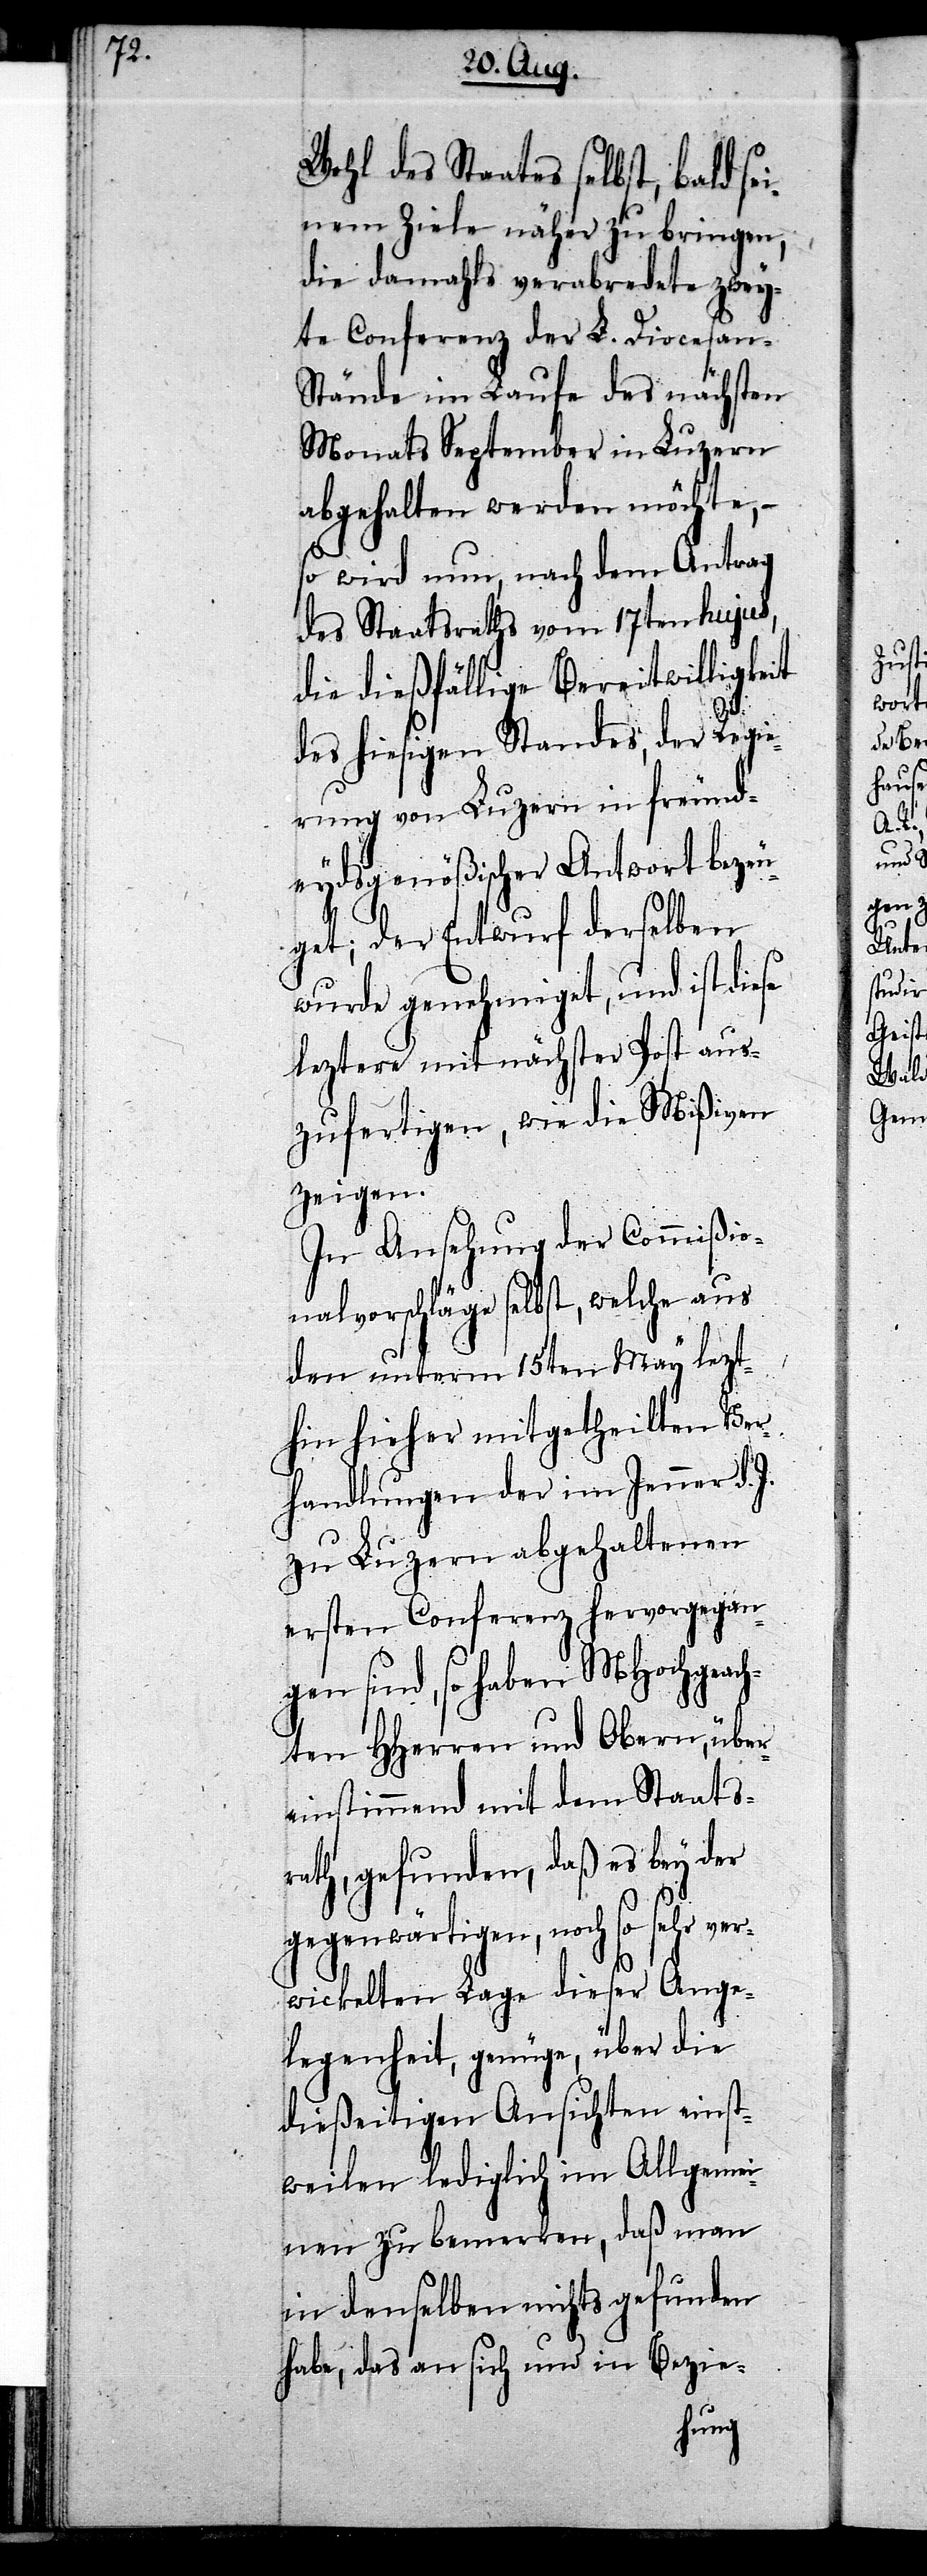
Wohl des Staates selbst, bald sei¬
nem Ziele näher zu bringen,
die damahls verabredete zwey¬
te Conferenz der L. Diocesan-S¬
tände im Laufe des nächsten
Monats September in Luzern
abgehalten werden möchte,
so wird nun, nach dem Antrag
des Staatsraths vom 17ten hujus,
die dießfällige Bereitwilligkeit
des hiesigen Standes, der Regie¬
rung von Luzern in freund¬
eydsgenößischer Antwort bezeu¬
get; der Entwurf derselben
wurde genehmiget, und ist diese
leztere mit nächster Post aus¬
zufertigen, wie die Mißiven
zeigen.
In Ansehung der Commißio¬
nalvorschläge selbst, welche aus
den unterm 15ten May lezt¬
hin hieher mitgetheilten Ver¬
handlungen der im Jenner d.
zu Luzern abgehaltenen
ersten Conferenz hervorgegan¬
gen sind, so haben MHochgeach¬
ten HHerren und Obern, über¬
einstimmend mit dem Staats¬
rath, gefunden, daß es bey der
gegenwärtigen, noch so sehr ver¬
wickelten Lage dieser Ange¬
legenheit, genüge, über die
dießeitigen Ansichten einst¬
weilen lediglich im Allgemei¬
nen zu bemerken, daß man
in denselben nichts gefunden
habe, das an sich und in Bezie-